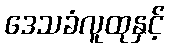
ဒေသခံလူထုနှင့်